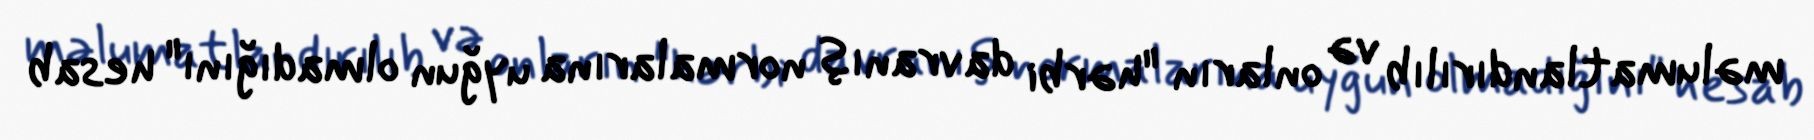
məlumatlandırılıb və onların "hərbi davranış normalarına uyğun olmadığını" hesab